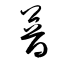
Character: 暜